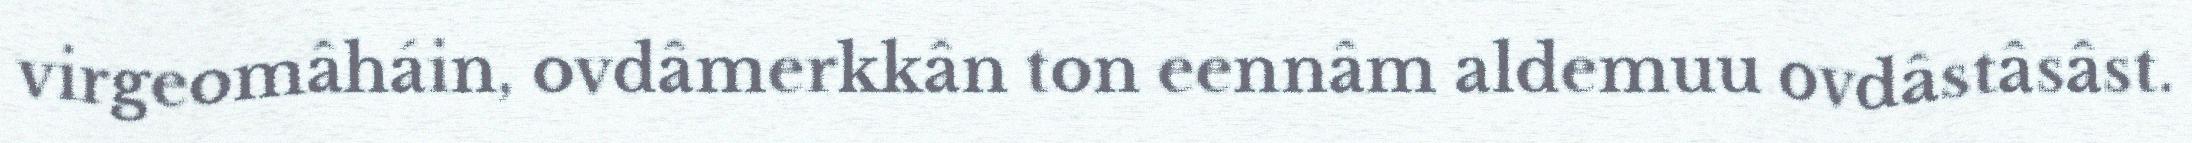
virgeomâháin, ovdâmerkkân ton eennâm aldemuu ovdâstâsâst.